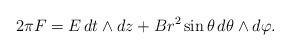
LaTeX: \begin{align*}2\pi F=E\,dt\land dz+Br^2\sin\theta\,d\theta\land d\varphi.\end{align*}